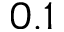
0 . 1